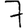
Digit: 7